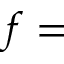
f =